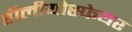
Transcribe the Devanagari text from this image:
हीलीयोस्फेयर